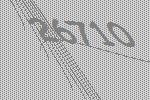
26710